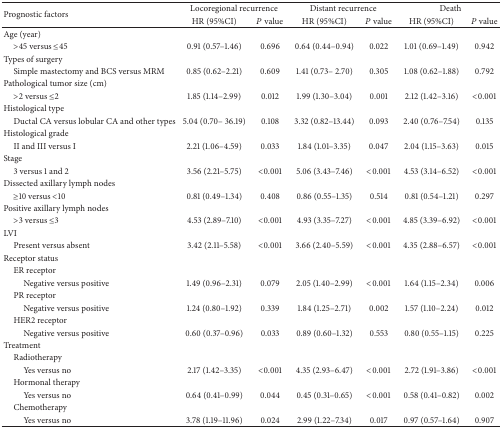
<table><thead><tr><td rowspan="2"><b>Prognostic factors</b></td><td colspan="2"><b>Locoregional recurrence</b></td><td colspan="2"><b>Distant recurrence</b></td><td colspan="2"><b>Death</b></td></tr><tr><td><b>HR (95%CI)</b></td><td><b><i>P</i> value</b></td><td><b>HR (95%CI)</b></td><td><b><i>P</i> value</b></td><td><b>HR (95%CI)</b></td><td><b><i>P</i> value</b></td></tr></thead><tbody><tr><td>Age (year)</td><td> </td><td> </td><td> </td><td> </td><td> </td><td> </td></tr><tr><td> &gt;45 versus ≤45</td><td>0.91 (0.57–1.46)</td><td>0.696</td><td>0.64 (0.44–0.94)</td><td>0.022</td><td>1.01 (0.69–1.49)</td><td>0.942</td></tr><tr><td>Types of surgery</td><td> </td><td> </td><td> </td><td> </td><td> </td><td> </td></tr><tr><td> Simple mastectomy and BCS versus MRM</td><td>0.85 (0.62–2.21)</td><td>0.609</td><td>1.41 (0.73– 2.70)</td><td>0.305</td><td>1.08 (0.62–1.88)</td><td>0.792</td></tr><tr><td>Pathological tumor size (cm)</td><td> </td><td> </td><td> </td><td> </td><td> </td><td> </td></tr><tr><td> &gt;2 versus ≤2</td><td>1.85 (1.14–2.99)</td><td>0.012</td><td>1.99 (1.30–3.04)</td><td>0.001</td><td>2.12 (1.42–3.16)</td><td>&lt;0.001</td></tr><tr><td>Histological type</td><td> </td><td> </td><td> </td><td> </td><td> </td><td> </td></tr><tr><td> Ductal CA versus lobular CA and other types</td><td>5.04 (0.70– 36.19)</td><td>0.108</td><td>3.32 (0.82–13.44)</td><td>0.093</td><td>2.40 (0.76–7.54)</td><td>0.135</td></tr><tr><td>Histological grade</td><td> </td><td> </td><td> </td><td> </td><td> </td><td> </td></tr><tr><td> II and III versus I</td><td>2.21 (1.06–4.59)</td><td>0.033</td><td>1.84 (1.01–3.35)</td><td>0.047</td><td>2.04 (1.15–3.63)</td><td>0.015</td></tr><tr><td>Stage</td><td> </td><td> </td><td> </td><td> </td><td> </td><td> </td></tr><tr><td> 3 versus 1 and 2</td><td>3.56 (2.21–5.75)</td><td>&lt;0.001</td><td>5.06 (3.43–7.46)</td><td>&lt;0.001</td><td>4.53 (3.14–6.52)</td><td>&lt;0.001</td></tr><tr><td>Dissected axillary lymph nodes</td><td> </td><td> </td><td> </td><td> </td><td> </td><td> </td></tr><tr><td> ≥10 versus &lt;10</td><td>0.81 (0.49–1.34)</td><td>0.408</td><td>0.86 (0.55–1.35)</td><td>0.514</td><td>0.81 (0.54–1.21)</td><td>0.297</td></tr><tr><td>Positive axillary lymph nodes</td><td> </td><td> </td><td> </td><td> </td><td> </td><td> </td></tr><tr><td> &gt;3 versus ≤3</td><td>4.53 (2.89–7.10)</td><td>&lt;0.001</td><td>4.93 (3.35–7.27)</td><td>&lt;0.001</td><td>4.85 (3.39–6.92)</td><td>&lt;0.001</td></tr><tr><td>LVI</td><td> </td><td> </td><td> </td><td> </td><td> </td><td> </td></tr><tr><td> Present versus absent</td><td>3.42 (2.11–5.58)</td><td>&lt;0.001</td><td>3.66 (2.40–5.59)</td><td>&lt;0.001</td><td>4.35 (2.88–6.57)</td><td>&lt;0.001</td></tr><tr><td>Receptor status</td><td> </td><td> </td><td> </td><td> </td><td> </td><td> </td></tr><tr><td> ER receptor</td><td> </td><td> </td><td> </td><td> </td><td> </td><td> </td></tr><tr><td>Negative versus positive </td><td>1.49 (0.96–2.31)</td><td>0.079</td><td>2.05 (1.40–2.99)</td><td>&lt;0.001</td><td>1.64 (1.15–2.34)</td><td>0.006</td></tr><tr><td> PR receptor</td><td> </td><td> </td><td> </td><td> </td><td> </td><td> </td></tr><tr><td>Negative versus positive </td><td>1.24 (0.80–1.92)</td><td>0.339</td><td>1.84 (1.25–2.71)</td><td>0.002</td><td>1.57 (1.10–2.24)</td><td>0.012</td></tr><tr><td> HER2 receptor</td><td> </td><td> </td><td> </td><td> </td><td> </td><td> </td></tr><tr><td>Negative versus positive</td><td>0.60 (0.37–0.96)</td><td>0.033</td><td>0.89 (0.60–1.32)</td><td>0.553</td><td>0.80 (0.55–1.15)</td><td>0.225</td></tr><tr><td>Treatment</td><td> </td><td> </td><td> </td><td> </td><td> </td><td> </td></tr><tr><td> Radiotherapy</td><td> </td><td> </td><td> </td><td> </td><td> </td><td> </td></tr><tr><td>Yes versus no</td><td>2.17 (1.42–3.35)</td><td>&lt;0.001</td><td>4.35 (2.93–6.47)</td><td>&lt;0.001</td><td>2.72 (1.91–3.86)</td><td>&lt;0.001</td></tr><tr><td> Hormonal therapy</td><td> </td><td> </td><td> </td><td> </td><td> </td><td> </td></tr><tr><td>Yes versus no</td><td>0.64 (0.41–0.99)</td><td>0.044</td><td>0.45 (0.31–0.65)</td><td>&lt;0.001</td><td>0.58 (0.41–0.82)</td><td>0.002</td></tr><tr><td> Chemotherapy</td><td> </td><td> </td><td> </td><td> </td><td> </td><td> </td></tr><tr><td>Yes versus no</td><td>3.78 (1.19–11.96)</td><td>0.024</td><td>2.99 (1.22–7.34)</td><td>0.017</td><td>0.97 (0.57–1.64)</td><td>0.907</td></tr></tbody></table>